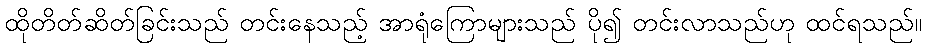
ထိုတိတ်ဆိတ်ခြင်းသည် တင်းနေသည့် အာရုံကြောများသည် ပို၍ တင်းလာသည်ဟု ထင်ရသည်။